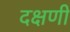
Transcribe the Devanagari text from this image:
दक्षणी